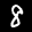
Label: 8